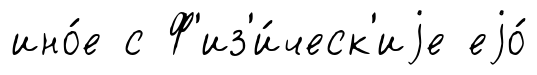
ино́е с Ф'из'и́ческ'иjе еjо́